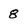
Character: 8